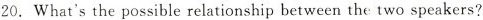
20.What's the possible relationship between the two speakers?